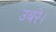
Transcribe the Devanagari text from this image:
उबरे।